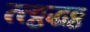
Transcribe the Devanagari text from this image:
त्त्ठ्ठद्धठ्ठ